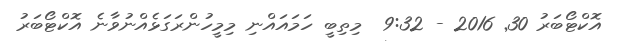
އޮކްޓޯބަރު 30